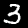
Label: 3